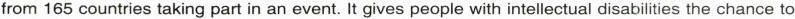
from 165 countries taking part in an event. It gives people with intellectual disabilities the chance to